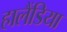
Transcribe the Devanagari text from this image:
हालैंडिया